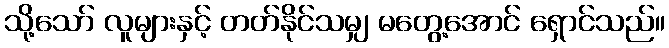
သို့သော် လူများနှင့် တတ်နိုင်သမျှ မတွေ့အောင် ရှောင်သည်။